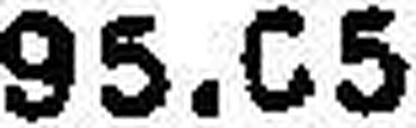
95.05